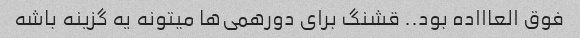
فوق العاااده بود.. قشنگ برای دورهمی‌ها میتونه یه گزینه باشه